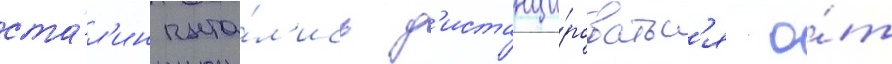
ста́л'ин пыта́л'ись д'истанци́роватьс'я о́т